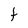
Character: t